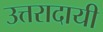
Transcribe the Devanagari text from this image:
उत्तरादायी